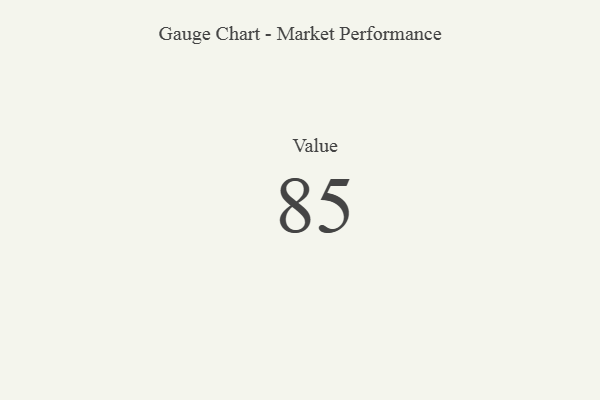
{"axis": {"x": "Metric", "y": "Value"}, "legend": [""], "data": [{"x": "Value", "y": 85, "type": ""}]}